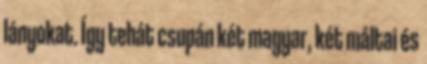
lányokat. Így tehát csupán két magyar, két máltai és